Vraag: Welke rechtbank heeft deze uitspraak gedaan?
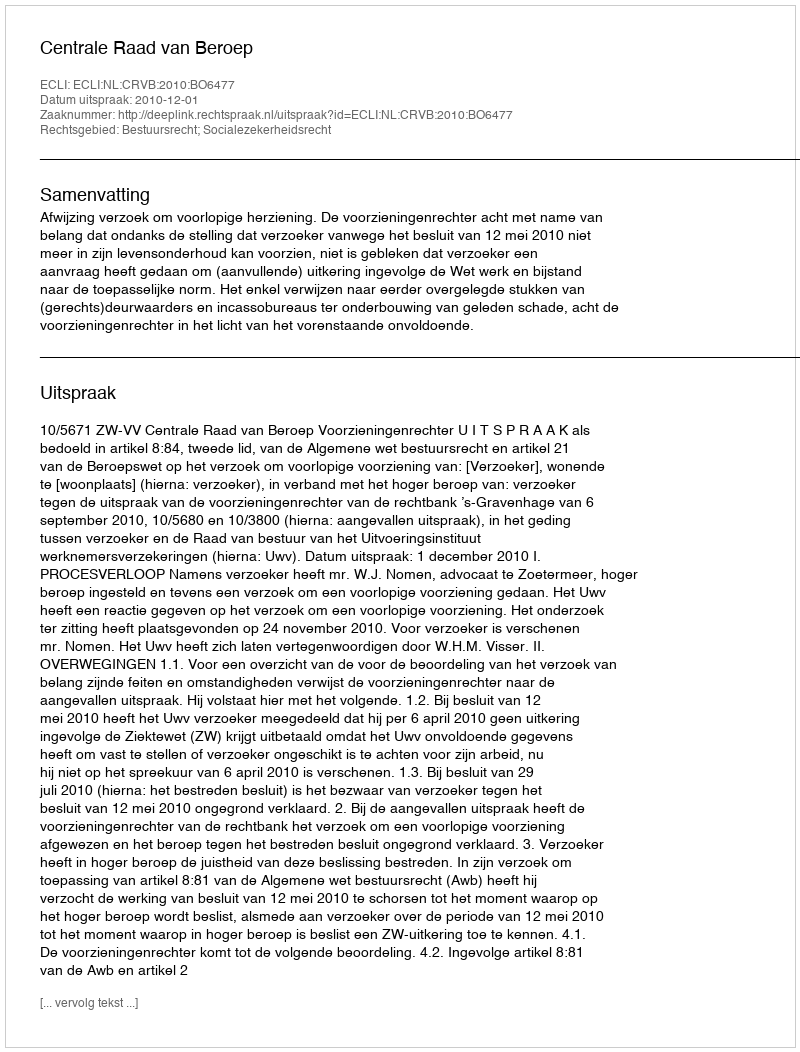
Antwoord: Centrale Raad van Beroep